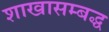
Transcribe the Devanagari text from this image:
शाखासम्बद्ध